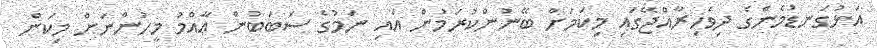
އަޅުގަނޑުމެންގެ ދިވެހިރާއްޖޭގައި މިކަމަށް ބޭނުންކުރަމުން އައި ނަމުގެ ސަބަބުން ޢާއްމު މީހުންނަށް މިކަން